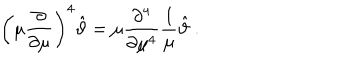
LaTeX: \left( \mu \frac { \partial } { \partial \mu } \right) ^ { 4 } \hat { \vartheta } = \mu \frac { \partial ^ { 4 } } { \partial \mu ^ { 4 } } \frac { 1 } { \mu } \hat { \vartheta } \ .